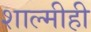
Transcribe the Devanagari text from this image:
शाल्मीही